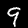
Label: 9